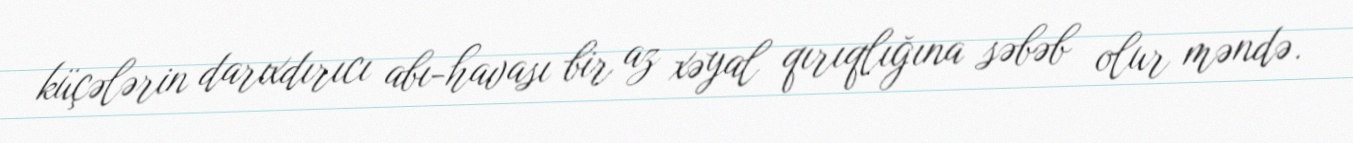
küçələrin darıxdırıcı abı-havası bir az xəyal qırıqlığına səbəb olur məndə.